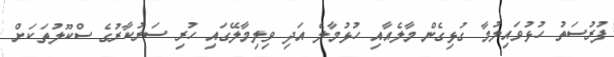
ފުރުސަތު ހުޅުވައިލުމާ ގުޅިގެން މާލެއާއި ހުޅުމާލެ އަދި ވިލިމާލޭގައި ހުރި ސަރުކާރުގެ ސްކޫލުތަކަށް